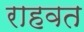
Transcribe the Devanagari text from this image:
राहवत